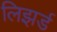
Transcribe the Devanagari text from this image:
लिझर्ड